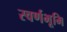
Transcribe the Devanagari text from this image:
स्वर्णभूमि